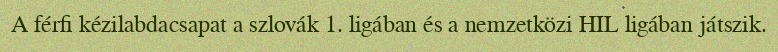
A férfi kézilabdacsapat a szlovák 1. ligában és a nemzetközi HIL ligában játszik.